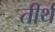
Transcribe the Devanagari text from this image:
तीर्थ